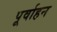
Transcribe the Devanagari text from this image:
पूर्वाहन